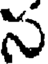
స